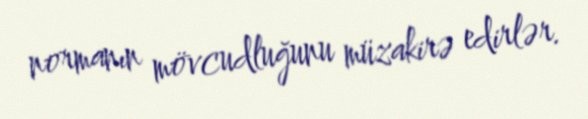
normanın mövcudluğunu müzakirə edirlər.